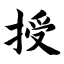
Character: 授